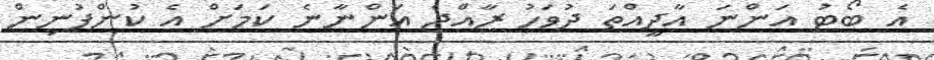
އެ ބޯޓު އަންނަ އާދީއްތަ ދުވަހު ރާއްޖެ އަންނާނެ ކަމަށް އެ ކުންފުނިން